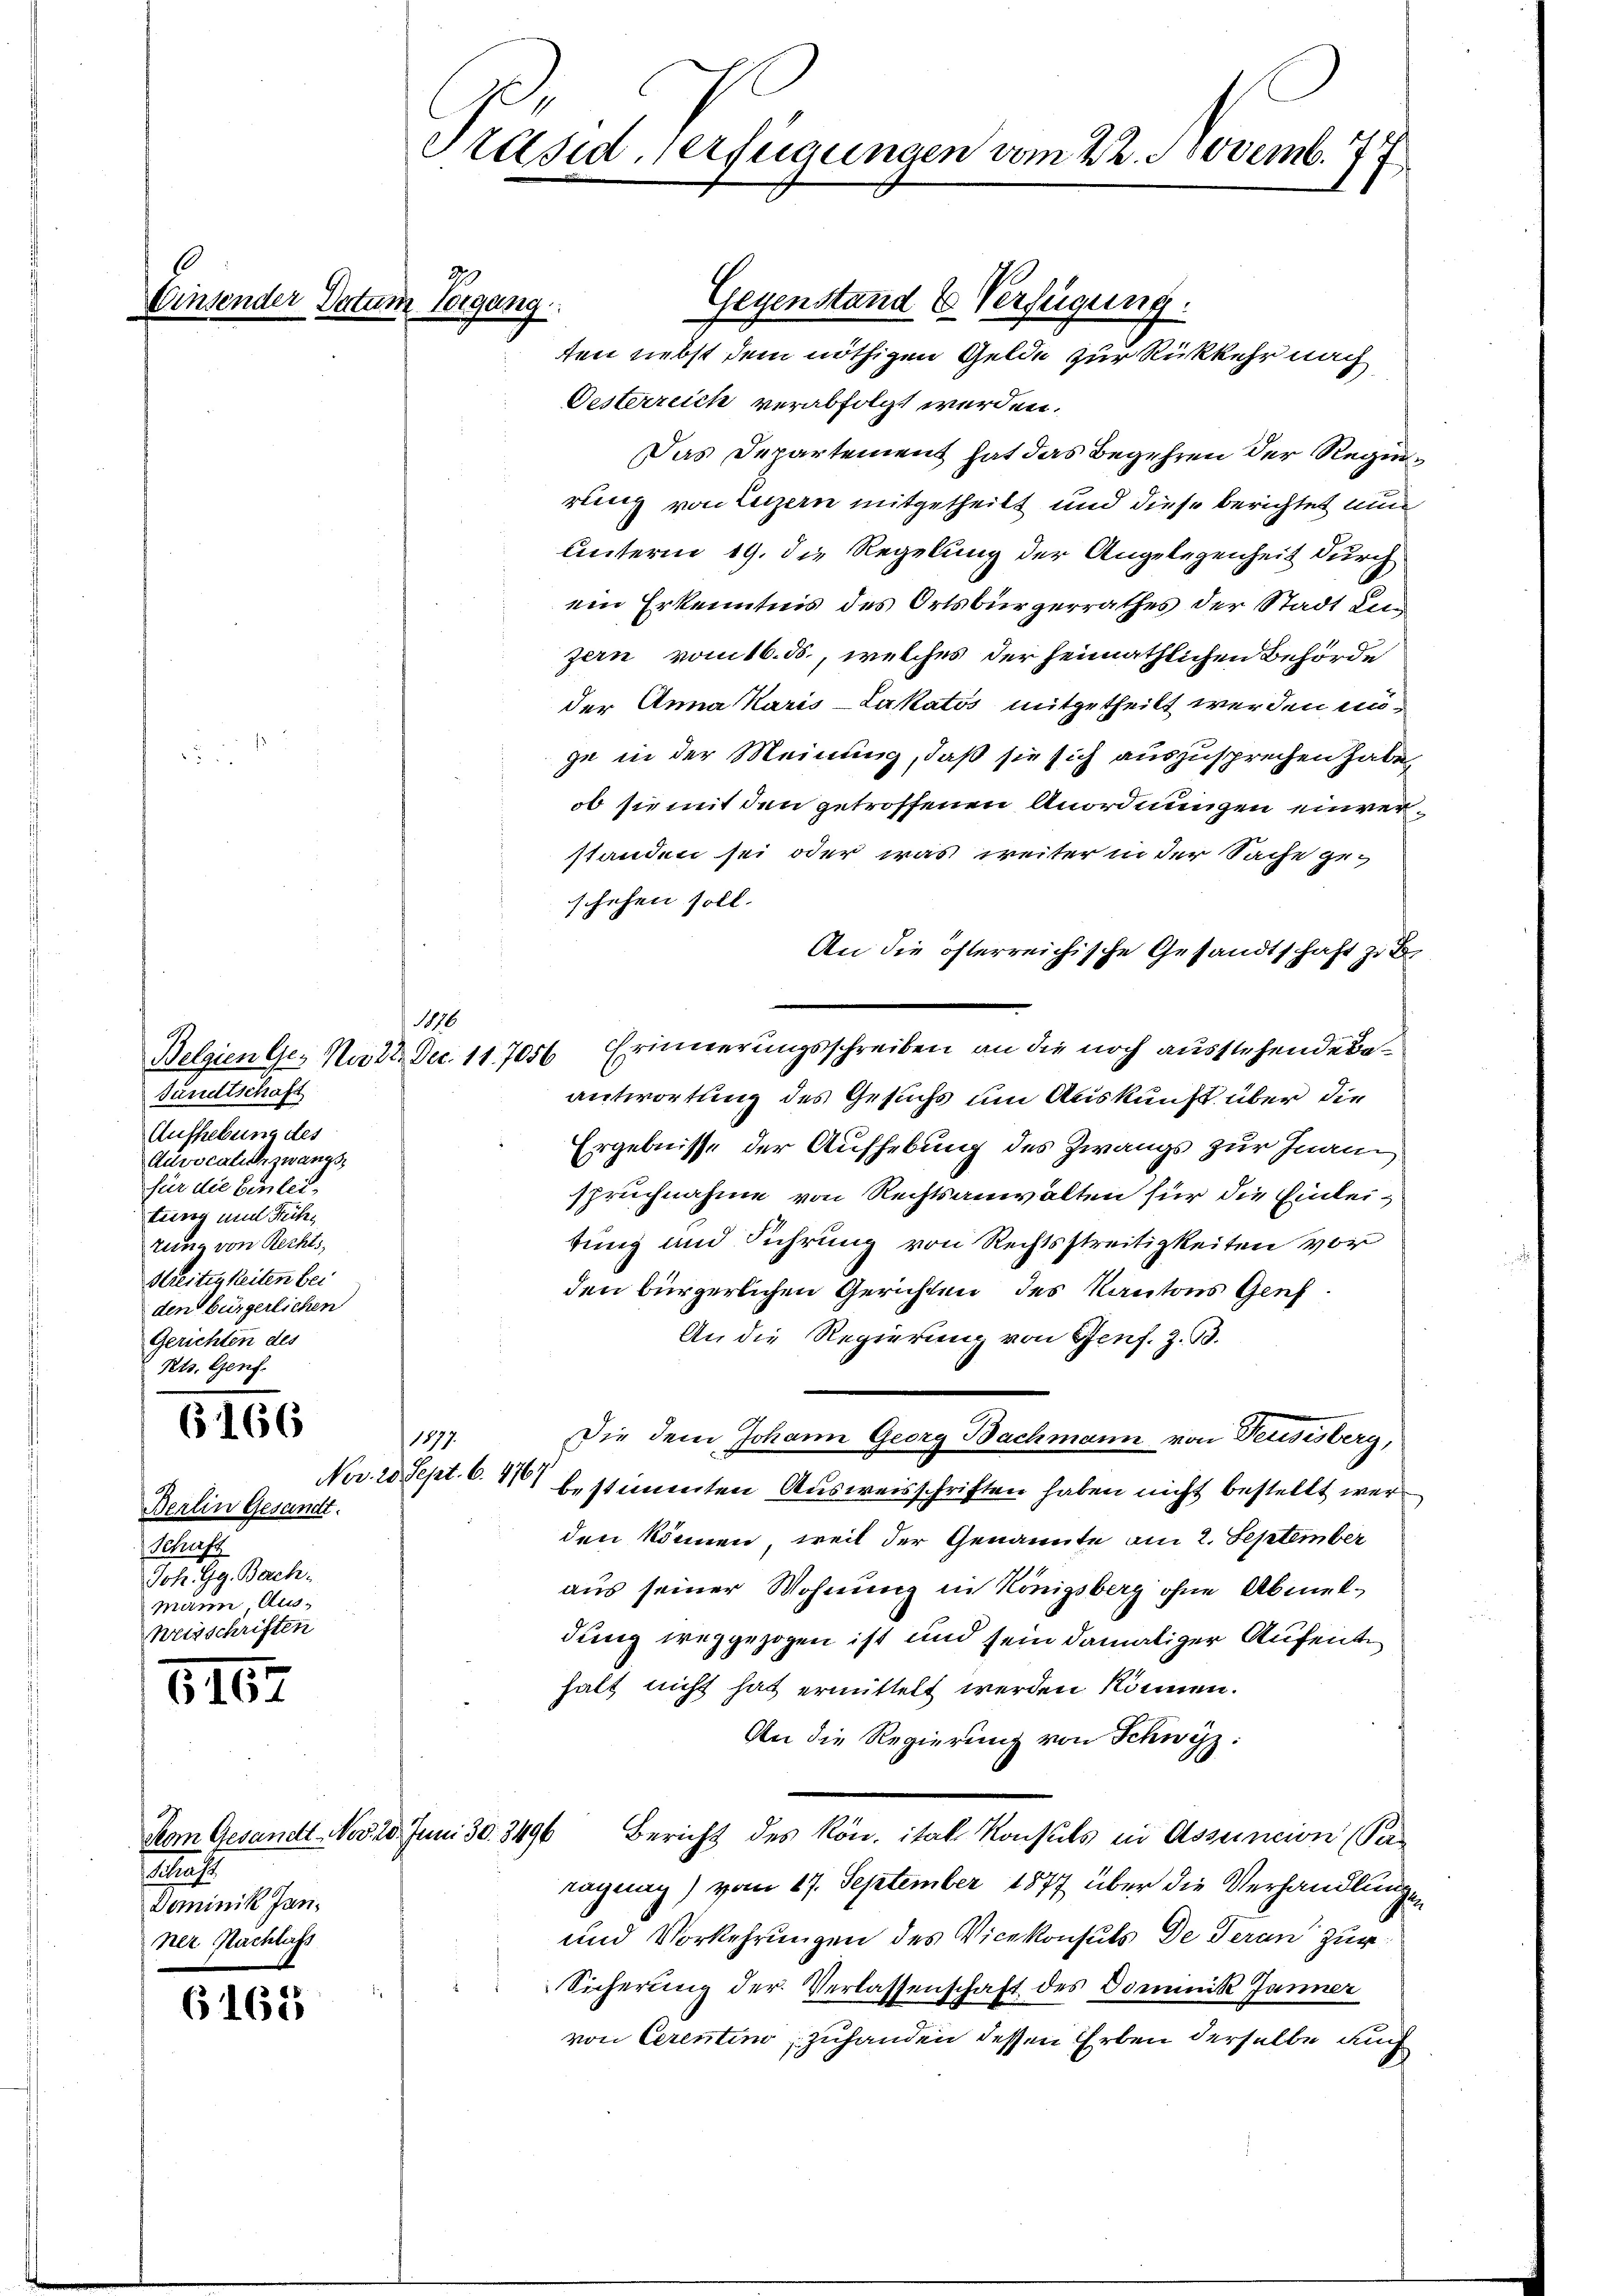
6
Einsender Datum sorgang

6166

816.

s
Dominik Jan.
ner Nachlass

6163

Sandtschaft
Aufhebung des
Advocalich zwangs
für die Einleitung und Reihe
rung von Rechts,
Streitigkeiten bei
den bürgerlichen
Gerichten des
 Kts. Genf.

Gegenstand & Verfügung:
ten nebst dem nöthigen Gelde zur Rückkehr nach
Gesterreich verabfolgt werden.
Das Departement hat das Begehren der Regenrung von Luzern mitgetheilt und diese berichtet nun
Unterm 19. die Regelung der Angelegenheit durch
ein Erkenntnis des Ortsbürgerrathes der Stadt Lug
zern vom 16. ds., welches der heimathlichen Behörde
der Anna Karis-Lakatos mitgetheilt werden möge in der Meinung, daß sie sich auszusprechen habe,
ob sie mit den getroffenen Anordnungen einverstanden sei oder was weiter in der Sache ge-
schehen soll.
An die österreichische Gesandtschaft zu
Belgien Ge- No 22. Dec. 117056. Erinnerungsschreiben an die noch ausstehende Beantwortung des Gesuchs um Auskunft über die
Ergebnisse der Aufhebung des Zwangs zur Inanz
spruchnahme von Rechtsanwalten für die Einleitung und Führung von Rechtsstreitigkeiten vor
den bürgerlichen Gerichten des Kantons Genf
An die Regierung von Genf. Z. 33.
Die dem Johann Georg Bachmann von Feusisberg,
1877.
Nov. 20. Sept. 6. 4767
bestimmten Ausweisschriften haben nicht bestellt wer
den können, weil der Genannte am 2. September
aus seiner Wohnung in Königsberg ohne Abmeldung weggezogen ist und sein damaliger Aufenthalt nicht hat ermittelt werden können.
An die Regierung von Schwyz:
Dem Gesandt. Nov. 18. Juni 30. 3496 Bericht des Rön. ital Konsuls in Assencion (Pa-
ragung) vom 27. September 1877 über die Verhandlungen
und Vorkehrungen des Vicekonsuls de Veran zur
Sicherung der Verlassenschaft des Dominik Jänner
von Cerentin zuhanden dessen Erben derselbe auch

Berlin Gesandt.
Schaft
Joh. Gg. Bachmann Aus¬
Weisschriften

Präsid, verfügungen vom 22. Novemb. 77

116.

9